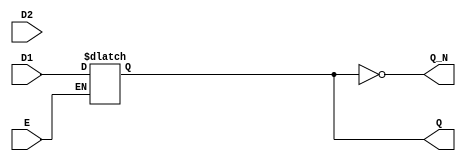
module dual_input_gated_latch (
    input wire D1,       // Data input 1
    input wire D2,       // Data input 2
    input wire E,        // Enable signal
    output reg Q,        // Output state
    output wire Q_N      // Complementary output
);

// Complementary output
assign Q_N = ~Q;

// Always block to implement the gated latch behavior
always @(*) begin
    if (E) begin
        // When Enable is high, select between D1 and D2
        // Here we can use a simple selection mechanism, for example:
        // If D1 is selected when E is high, otherwise D2
        // You can modify this selection logic as needed
        Q = D1; // Change this line to select D2 if needed
    end
    // If E is low, Q retains its previous value (latch behavior)
end

endmodule